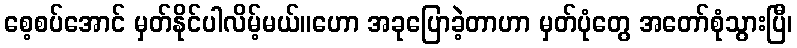
စေ့စပ်အောင် မှတ်နိုင်ပါလိမ့်မယ်။ဟော အခုပြောခဲ့တာဟာ မှတ်ပုံတွေ အတော်စုံသွားပြီ၊